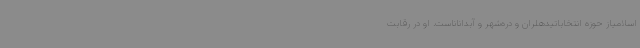
اسلامیاز حوزه انتخاباتیدهلران و دره‌شهر و آبداناناست. او در رقابت